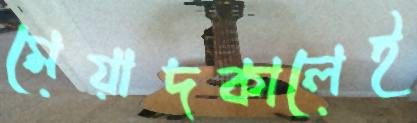
মেয়াদকালেই